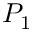
P _ { 1 }